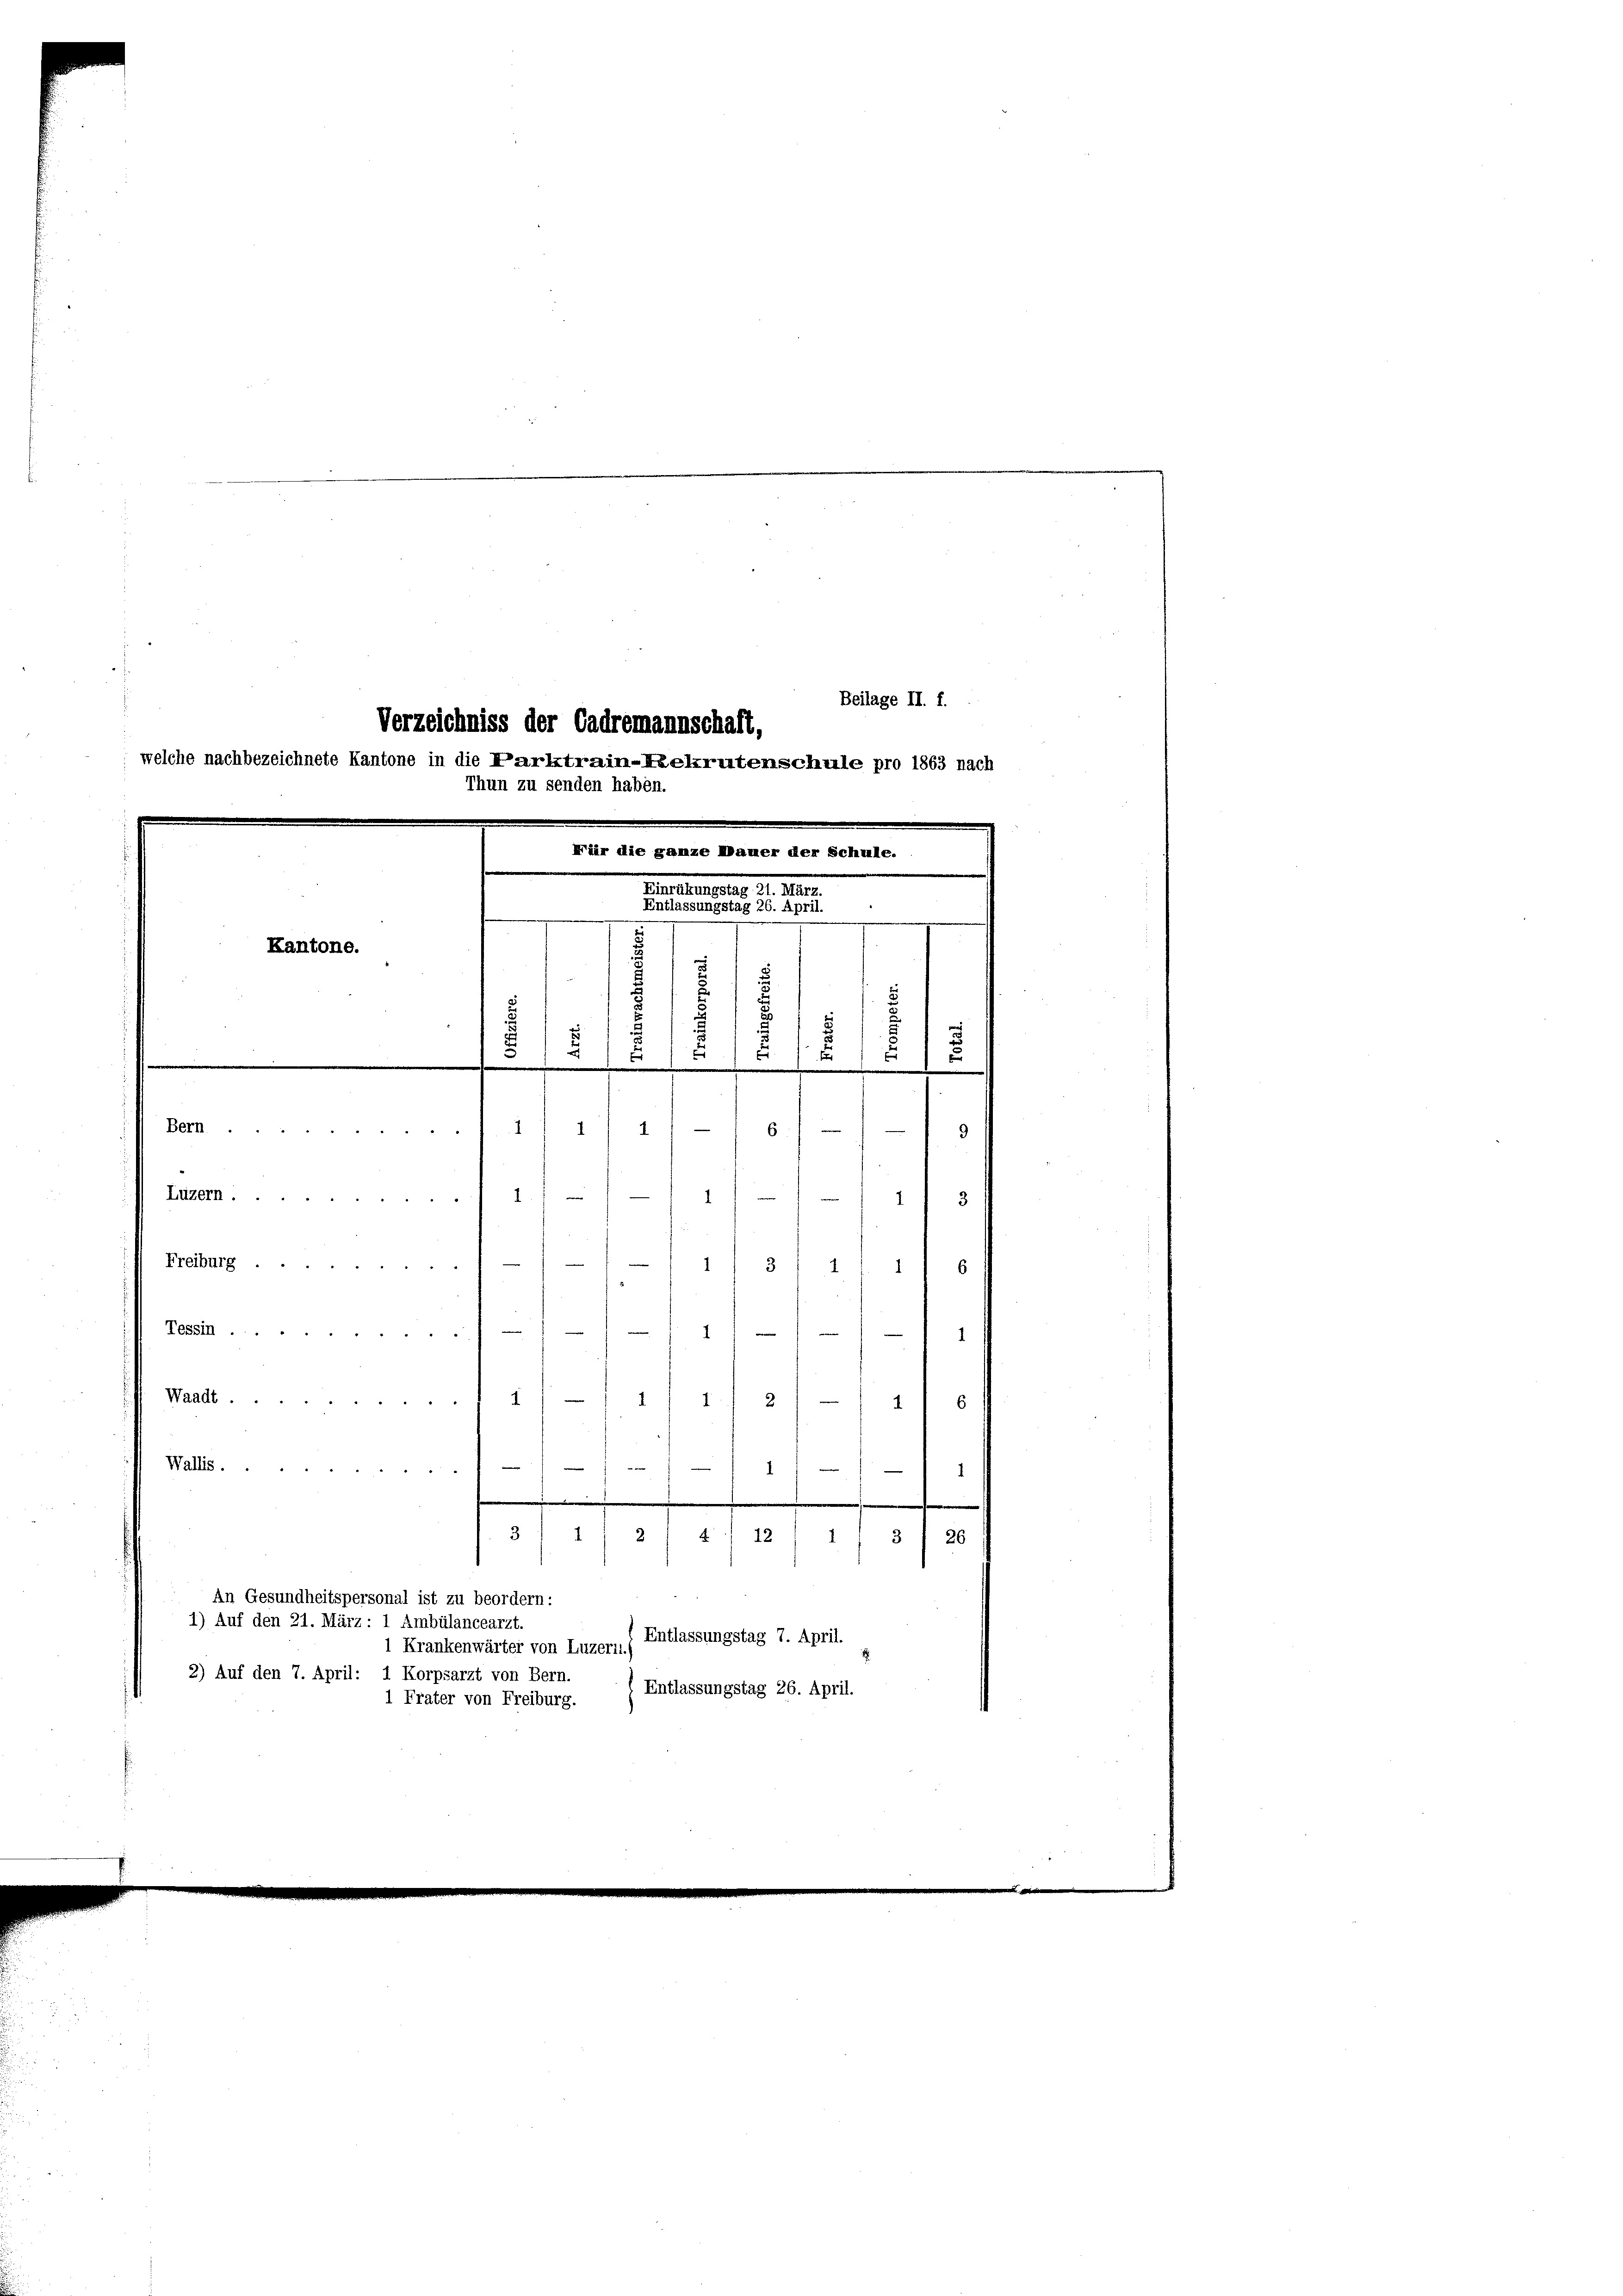
Beilage II. f.
Verzeichniss der Cadremannschaft,
welche nachbezeichnete Kantone in die Parktrain-Rekrutenschule pro 1863 nach
Thun zu senden haben.

F
s
.
u
5
25
5
.
 Bern111/ 1
6

.
Fär die ganze Mauer der Schule.
Muetteurung d. 210.
Entlassungstag 26. April.
Kantone.
t
7
s

9
1
1
Luzern
e
3
1
1
Freiburg
3
6
1
e
Tessin
e
e
1
Waadt
1
1
1
2
.
Wallis.
1
1
.
.
t
4 12
1/3 I 26
An Gesundheitspersonal ist zu beordern:
1) Auf den 21. März: 1 Ambülancearzt.
Entlassungstag 7. April.
1 Krankenwärter von Luzern.
2) Auf den 7. April: 1 Korpsarzt von Bern.
 Entlassungstag 26. April.
1 Frater von Freiburg.